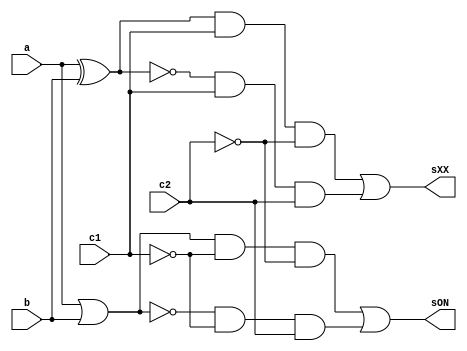
// -------------------------
// Exemplo0034 - F4
// Nome: Guilherme Augusto Bueno Borba
// -------------------------
// -------------------------
// f4_gate
// -------------------------

module LU (output sON, output sXX, input a, input b, input c1, input c2);
	wire notC1,notC2,xorAB,xnorAB,orAB,norAB,and1,and2,and3,and4;
	
// ---------------------- portas not	
	
	not NOT1   (notC1, c1);
	not NOT2   (notC2, c2);
	
// ----------------------- porta xor	
	
	xor XOR1   (xorAB, a, b);
	
// ----------------------- porta xnor	
	
	xnor XNOR1 (xnorAB, a, b);

// ------------------------ porta nor

	nor NOR1   (norAB, a, b);
	
// ------------------------- portas and	
	
	and AND1   (and1, xorAB, c1, notC2);
	and AND2   (and2, xnorAB, c1, c2);
	and AND3   (and3, orAB, notC1, notC2);
	and AND4   (and4, norAB, notC1, c2);
	
// -------------------------- portas or	
	
	or  OR1    (orAB, a, b);
	or OR2     (sXX, and1, and2);
	or OR3     (sON, and3, and4);
	
endmodule 

module test_LU;

// ------------------------- definir dados
   reg x;
	reg y;
	reg c1;
	reg c2;
	wire w;
	wire z;
	
	LU modulo (w, z, x, y, c1, c2);
	
	initial begin: start
		x = 0; 
		y = 0;
		c1= 0;
		c2= 0;
	end
	
   initial begin
      $display("Exemplo0034 - Guilherme Augusto Bueno Borba - 451564");
      $display("Test LU's module");
		
		$display ("\nValor da Selecao = 00");
      $monitor("Entradas : a = %b b = %b Selecao: OR = %b",x,y,w); 
		#1 
		x = 0; y = 1; c1 = 0; c2 = 0;  
		#1 
		x = 1; y = 0; c1 = 0; c2 = 0;
		#1
		x = 1; y = 1; c1 = 0; c2 = 0;
		#1
		$display ("\nValor da Selecao = 01");
		$monitor("Entradas : a = %b b = %b Selecao: NOR = %b",x,y,w);
		x = 0; y = 0; c1 = 0; c2 = 1;
		#1
		x = 0; y = 1; c1 = 0; c2 = 1;
		#1 
		x = 1; y = 0; c1 = 0; c2 = 1;
		#1 
		x = 1; y = 1; c1 = 0; c2 = 1;
		#1
		$display ("\nValor da Selecao = 10");
		$monitor("Entradas : a = %b b = %b Selecao: XOR = %b",x,y,z);
		x = 0; y = 0; c1 = 1; c2 = 0;
		#1
		x = 0; y = 1; c1 = 1; c2 = 0;
		#1 
		x = 1; y = 0; c1 = 1; c2 = 0;
		#1 
		x = 1; y = 1; c1 = 1; c2 = 0;
		#1
		$display ("\nValor da Selecao = 11");
		$monitor("Entradas : a = %b b = %b Selecao: XNOR = %b",x,y,z);
		x = 0; y = 0; c1 = 1; c2 = 1;
		#1
		x = 0; y = 1; c1 = 1; c2 = 1;
		#1 
		x = 1; y = 0; c1 = 1; c2 = 1;
		#1 
		x = 1; y = 1; c1 = 1; c2 = 1;			
   end
endmodule // test_LU